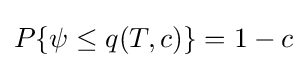
P\{\psi \leq q(T,c)\}=1-c